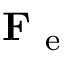
\mathbf { F _ { \mathrm { ~ e ~ } } }